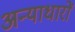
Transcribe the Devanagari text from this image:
अन्याधारों